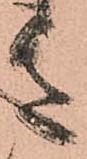
き